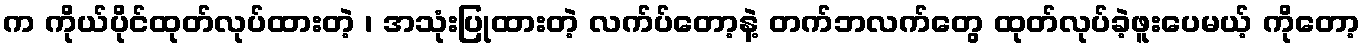
က ကိုယ်ပိုင်ထုတ်လုပ်ထားတဲ့ ၊ အသုံးပြုထားတဲ့ လက်ပ်တော့နဲ့ တက်ဘလက်တွေ ထုတ်လုပ်ခဲ့ဖူးပေမယ့် ကိုတော့